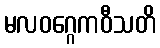
မလဝဂ္ဂေကဝီသတိ